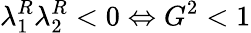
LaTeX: \lambda_{1}^{R}\lambda_{2}^{R}<0\Leftrightarrow G^{2}<1